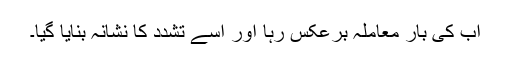
اب کی بار معاملہ برعکس رہا اور اسے تشدد کا نشانہ بنایا گیا۔